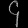
Digit: ၄